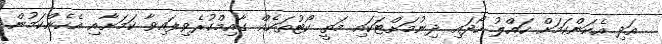
އަދި އެކަންކަމަށް ހައްލު ހޯދައި ދިނުމަށްޓަކައި މަތީ ކޯޓުތަކެއް ގާއިމްކުރެވިފައިވާ ކަމަށާއި އެހެންކަމުން